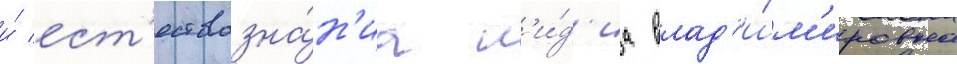
и́ ест'ествозна́н'иа л'и́д'иа влад'и́м'ировна